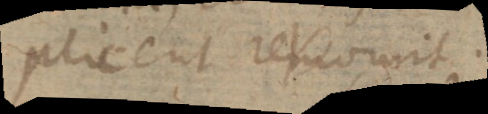
plicent revomit.